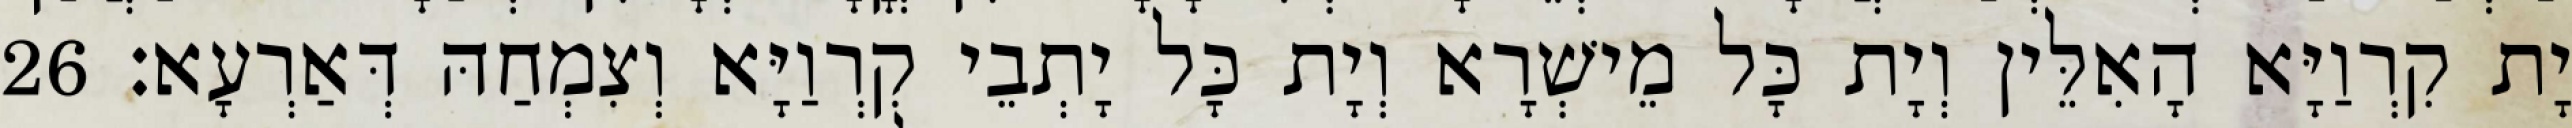
יָת קִרְוַיָּא הָאִלֵּין וְיָת כָּל מֵישְׁרָא וְיָת כָּל יָתְבֵי קִרְוַיָּא וְצִמְחַהּ דְּאַרְעָא׃ 26